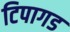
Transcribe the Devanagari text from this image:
टिपागड